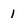
Character: 1